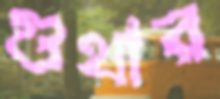
গুথার